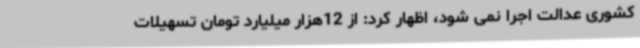
کشوری عدالت اجرا نمی شود، اظهار کرد: از 12هزار میلیارد تومان تسهیلات